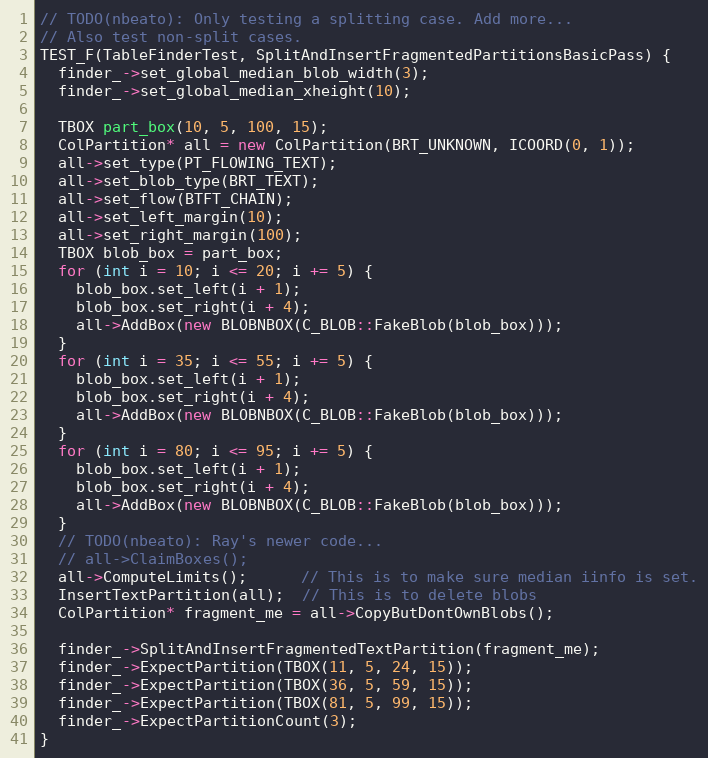
Language: C++
// TODO(nbeato): Only testing a splitting case. Add more...
// Also test non-split cases.
TEST_F(TableFinderTest, SplitAndInsertFragmentedPartitionsBasicPass) {
  finder_->set_global_median_blob_width(3);
  finder_->set_global_median_xheight(10);

  TBOX part_box(10, 5, 100, 15);
  ColPartition* all = new ColPartition(BRT_UNKNOWN, ICOORD(0, 1));
  all->set_type(PT_FLOWING_TEXT);
  all->set_blob_type(BRT_TEXT);
  all->set_flow(BTFT_CHAIN);
  all->set_left_margin(10);
  all->set_right_margin(100);
  TBOX blob_box = part_box;
  for (int i = 10; i <= 20; i += 5) {
    blob_box.set_left(i + 1);
    blob_box.set_right(i + 4);
    all->AddBox(new BLOBNBOX(C_BLOB::FakeBlob(blob_box)));
  }
  for (int i = 35; i <= 55; i += 5) {
    blob_box.set_left(i + 1);
    blob_box.set_right(i + 4);
    all->AddBox(new BLOBNBOX(C_BLOB::FakeBlob(blob_box)));
  }
  for (int i = 80; i <= 95; i += 5) {
    blob_box.set_left(i + 1);
    blob_box.set_right(i + 4);
    all->AddBox(new BLOBNBOX(C_BLOB::FakeBlob(blob_box)));
  }
  // TODO(nbeato): Ray's newer code...
  // all->ClaimBoxes();
  all->ComputeLimits();      // This is to make sure median iinfo is set.
  InsertTextPartition(all);  // This is to delete blobs
  ColPartition* fragment_me = all->CopyButDontOwnBlobs();

  finder_->SplitAndInsertFragmentedTextPartition(fragment_me);
  finder_->ExpectPartition(TBOX(11, 5, 24, 15));
  finder_->ExpectPartition(TBOX(36, 5, 59, 15));
  finder_->ExpectPartition(TBOX(81, 5, 99, 15));
  finder_->ExpectPartitionCount(3);
}